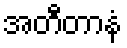
အတီတာနံ